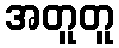
အတူတူ